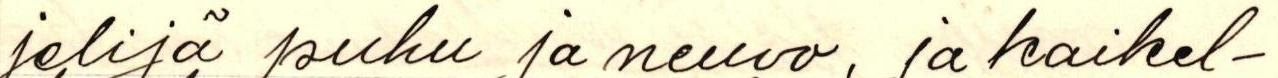
jelijä puhu ja neuvo, ja kaikel-